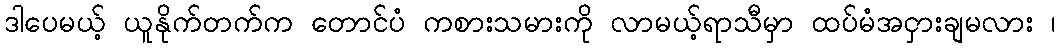
ဒါပေမယ့် ယူနိုက်တက်က တောင်ပံ ကစားသမားကို လာမယ့်ရာသီမှာ ထပ်မံအငှားချမလား ၊